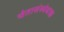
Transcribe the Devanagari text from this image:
चेतासंस्थेबाह्य